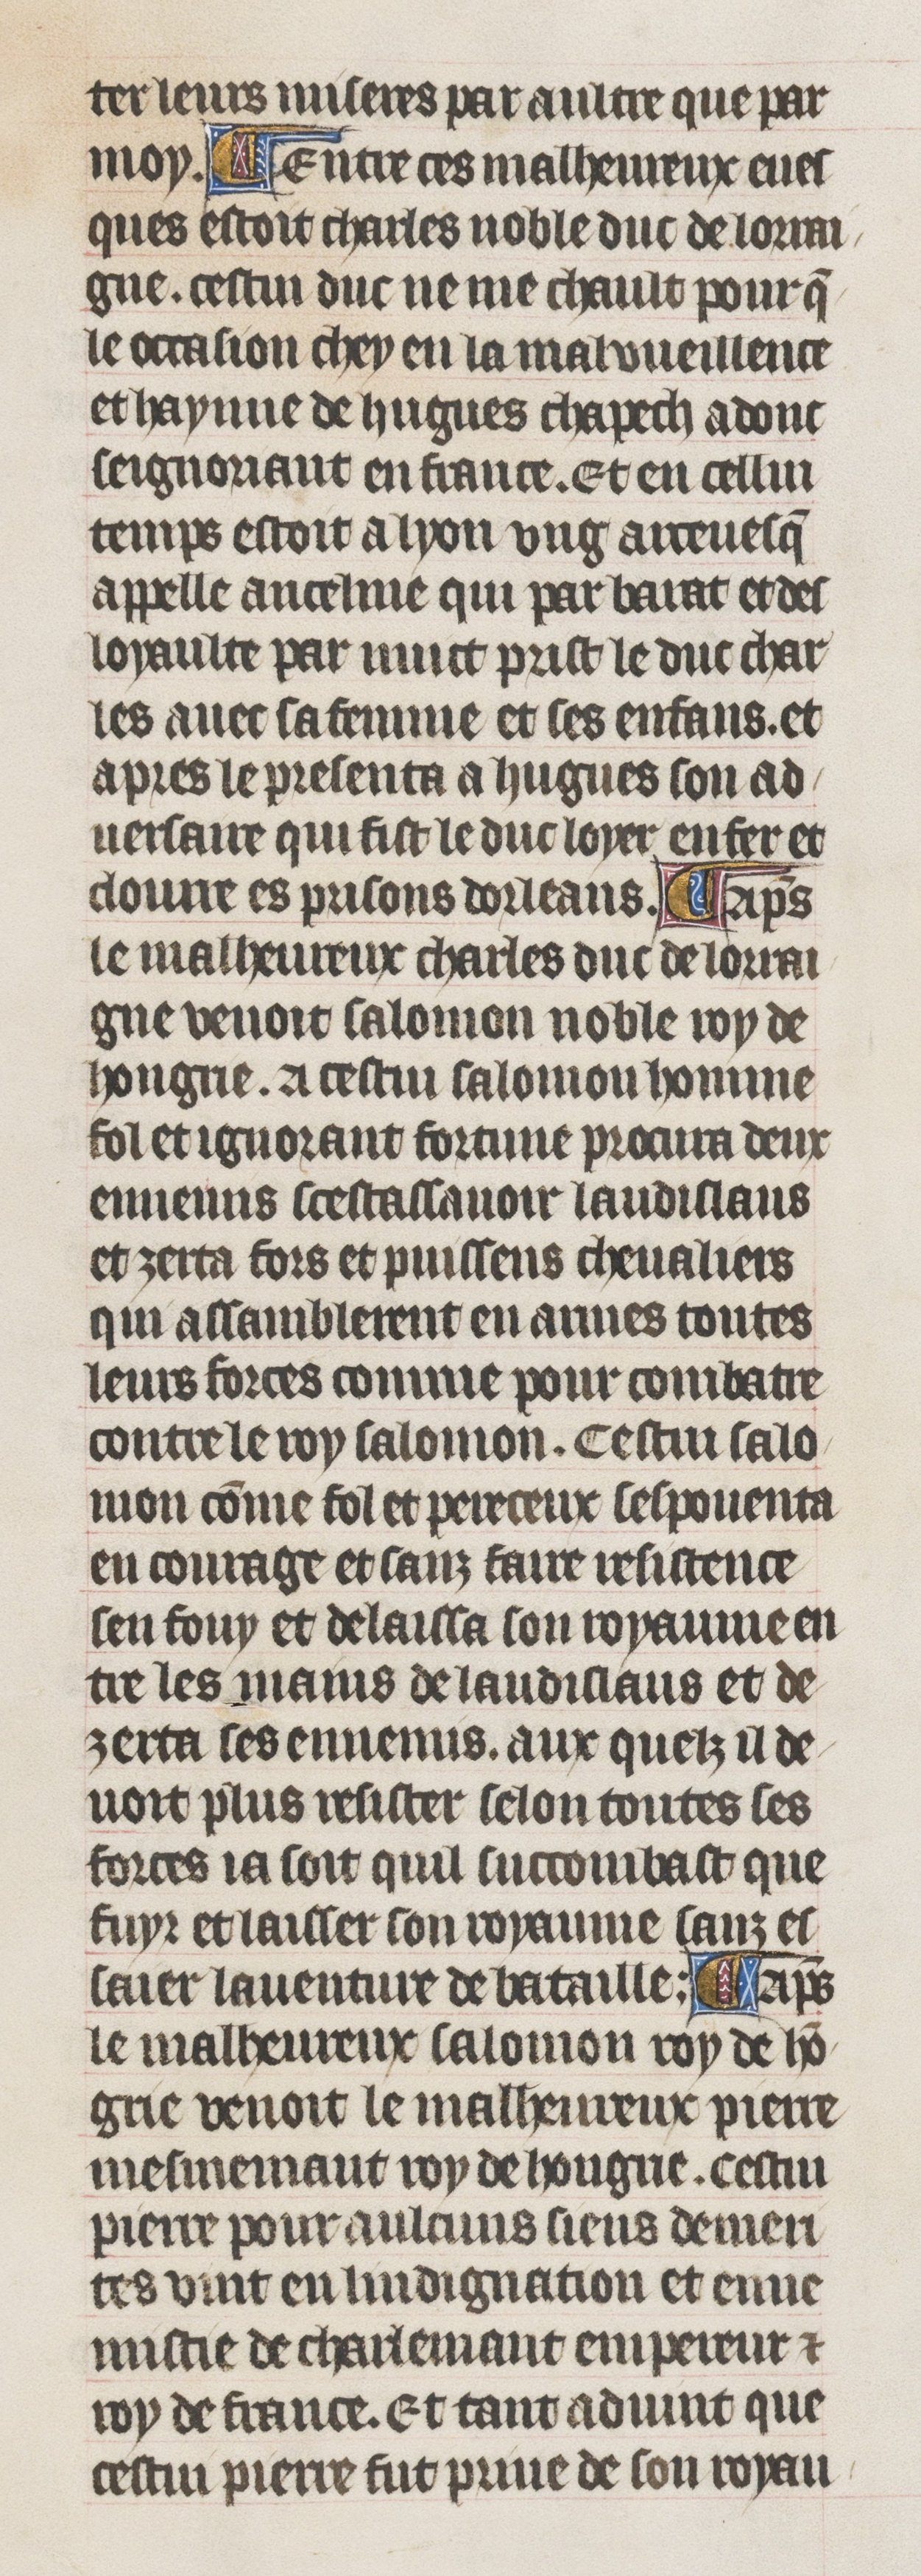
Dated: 1395–1425